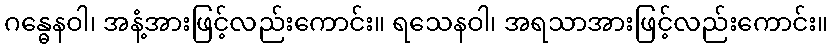
ဂန္ဓေနဝါ၊ အနံ့အားဖြင့်လည်းကောင်း။ ရသေနဝါ၊ အရသာအားဖြင့်လည်းကောင်း။